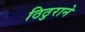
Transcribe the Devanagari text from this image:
ठिठुराने